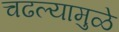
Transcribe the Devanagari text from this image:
चढल्यामुळे